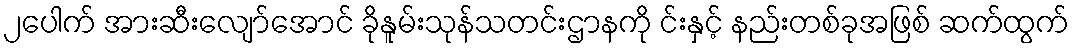
၂ပေါက် အားဆီးလျော်အောင် ခိုနူမ်းသုန်သတင်းဌာနကို င်းနှင့် နည်းတစ်ခုအဖြစ် ဆက်ထွက်